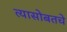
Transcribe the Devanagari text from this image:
त्यासोबतचे